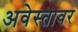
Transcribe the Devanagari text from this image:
अवेस्तावर